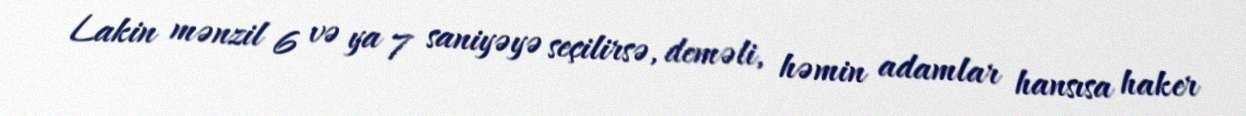
Lakin mənzil 6 və ya 7 saniyəyə seçilirsə, deməli, həmin adamlar hansısa haker